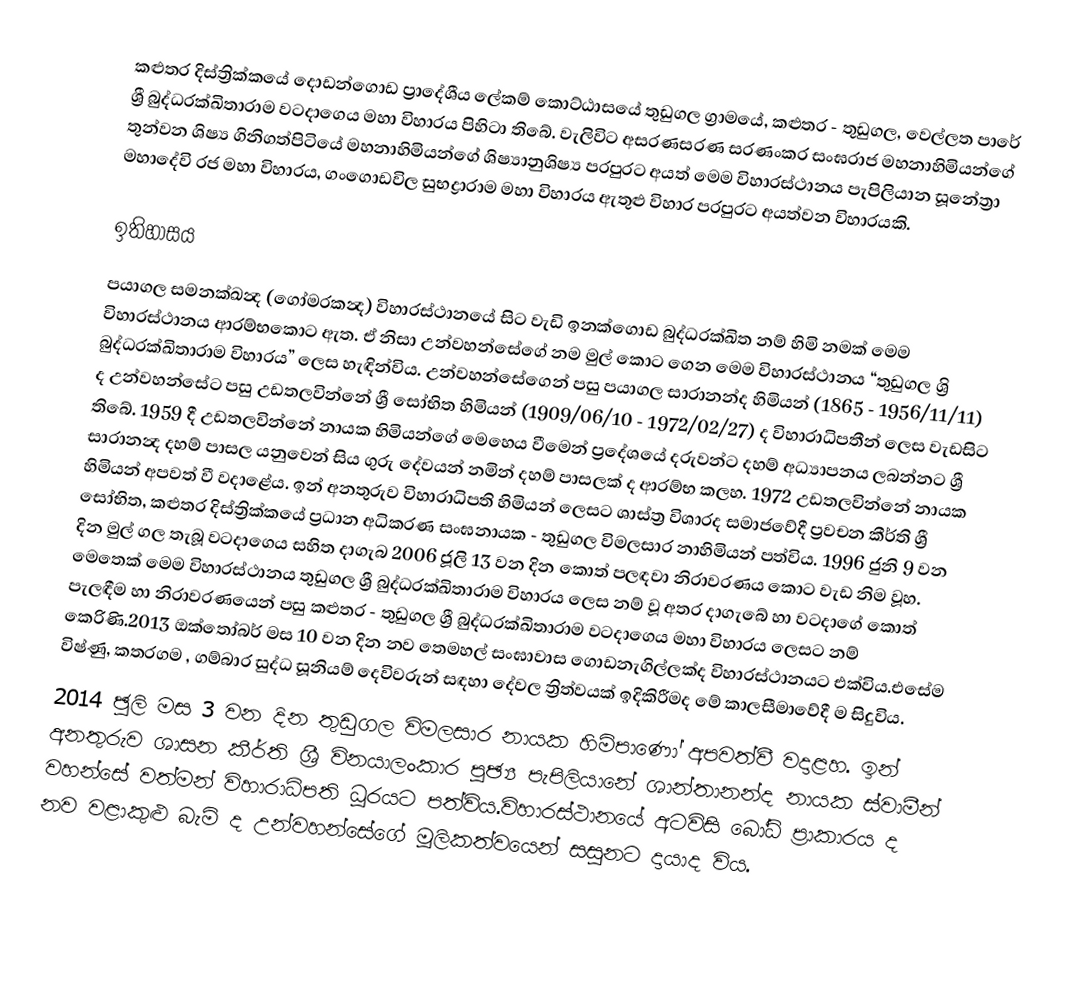
කළුතර දිස්ත්‍රික්කයේ දොඩන්ගොඩ ප්‍රාදේශීය ලේකම් කොට්ඨාසයේ තුඩුගල ග්‍රාමයේ, කළුතර - තුඩුගල, වෙල්ලත පා‍රේ  ශ්‍රී බුද්ධරක්ඛිතාරාම වටදාගෙය මහා විහාරය  පිහිටා තිබේ. වැලිවිට අස‍රණස‍රණ ස‍රණංක‍ර සංඝ‍රාජ මහනාහිමි‍යන්ගේ තුන්වන ශිෂ්‍ය ගිනිගත්පිටි‍යේ මහනාහිමි‍යන්ගේ ශිෂ්‍යානුශිෂ්‍ය ප‍රපු‍රට අ‍යත් මෙම විහා‍රස්ථාන‍ය පැපිලි‍යාන සූනේත්‍රා මහාදේවි ‍රජ මහා විහා‍ර‍ය, ගංගොඩවිල සුභද්‍රාරාම මහා විහා‍ර‍ය ඇතුළු විහා‍ර ප‍රපු‍රට අ‍යත්වන විහා‍ර‍යකි.

ඉතිහාසය
ප‍යාගල සමනක්‍ඛන්‍ද (ගෝම‍රකන්‍ද) විහා‍රස්ථාන‍යේ සිට වැඩි ඉනක්ගොඩ බුද්ධරක්ඛිත නම් හිමි නමක් මෙම විහා‍රස්ථාන‍ය ආ‍රම්භකොට ඇත. ඒ නිසා උන්වහන්සේගේ නම මුල් කොට ගෙන මෙම විහා‍රස්ථාන‍ය “තුඩුගල ශ්‍රි බුද්ධරක්‍ඛිතා‍රාම විහා‍ර‍ය” ලෙස හැඳින්වි‍ය. උන්වහන්සේගෙන් පසු පයාගල සාරානන්ද හිමියන් (1865 - 1956/11/11) ද උන්වහන්සේට පසු උඩතලවින්නේ ශ්‍රී සෝභිත හිමියන් (1909/06/10 - 1972/02/27) ද විහා‍රාධිපතීන් ලෙස වැඩසිට තිබේ. 1959 දී උඩතලවින්නේ නායක හිමියන්ගේ මෙහෙය වීමෙන් ප්‍රදේශයේ දරුවන්ට දහම් අධ්‍යාපනය ලබන්නට ශ්‍රී සාරානන්‍ද දහම් පාසල ‍යනුවෙන් සිය ගුරු දේවයන් නමින් දහම් පාසලක් ද ආරම්භ කලහ. 1972 උඩතලවින්නේ නායක හිමියන් අපවත් වී වදාළේය. ඉන් අනතුරුව විහාරාධිපති හිමියන් ලෙසට ශාස්ත්‍ර විශාරද සමාජවේදී ප්‍රවචන කීර්ති ශ්‍රී සෝභිත, කළුතර දිස්ත්‍රික්කයේ ප්‍රධාන අධිකරණ සංඝනායක - තුඩුගල විමලසාර නාහිමියන් පත්විය. 1996 ජුනි 9 වන දින මුල් ගල තැබූ වටදාගෙය සහිත දාගැබ 2006 ජූලි 13 වන දින කොත් පලඳවා නි‍රාව‍රණ‍ය කොට වැඩ නිම වූහ. මෙතෙක් මෙම විහාරස්ථානය තුඩුගල ශ්‍රී බුද්ධරක්ඛිතාරාම විහාරය ලෙස නම් වූ අතර දාගැබේ හා වටදාගේ කොත් පැලඳීම හා නි‍රාව‍රණ‍යෙන් පසු කළුතර - තුඩුගල ශ්‍රී බුද්ධරක්ඛිතාරාම වටදාගෙය මහා විහාරය ලෙසට නම් කෙරිණි.2013 ඔක්තෝබර් මස 10 වන දින නව තෙමහල් සංඝාවාස ගොඩනැගිල්ලක්ද විහාරස්ථානයට එක්විය.එසේම විෂ්ණු, කතරගම , ගම්බාර සුද්ධ සූනියම් දෙවිවරුන් සඳහා දේවල ත්‍රිත්වයක් ඉදිකිරීමද මේ කාලසීමාවේදී ම සිදුවිය.
2014 ඡූලි මස 3 වන දින තුඩුගල විමලසාර නායක හිමිපාණෝ අපවත්වී වදාළහ. ඉන් අනතුරුව ශාසන කීර්ති ශ්‍රී විනයාලංකාර පූඡ්‍ය පැපිලියානේ ශාන්තානන්ද නායක ස්වාමීන් වහන්සේ වත්මන් විහාරාධිපති ධූරයට පත්විය.විහාරස්ථානයේ අටවිසි බෝධි ප්‍රාකාරය ද නව වළාකුළු බැමි ද උන්වහන්සේගේ මූලිකත්වයෙන් සසුනට දායාද විය.